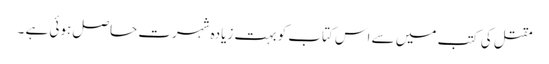
مقتل کی کتب میں سے اس کتاب کو بہت زیادہ شہرت حاصل ہوئی ہے ۔